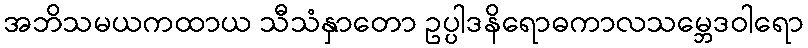
အဘိသမယကထာယ သီသံနှာတော ဥပ္ပါဒနိရောဓကာလသမ္ဘေဒဝါရော